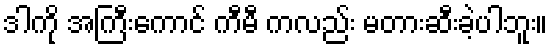
ဒါကို အကြီးကောင် ကီမီ ကလည်း မတားဆီးခဲ့ပါဘူး။